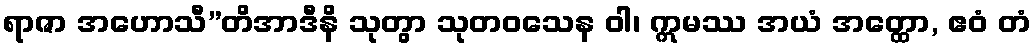
ရာဇာ အဟောသီ”တိအာဒီနိ သုတွာ သုတဝသေန ဝါ၊ ဣမဿ အယံ အတ္ထော, ဧဝံ တံ